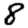
Digit: 8